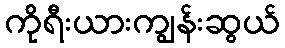
ကိုရီးယားကျွန်းဆွယ်